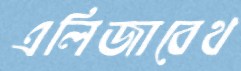
এলিজাবেথ